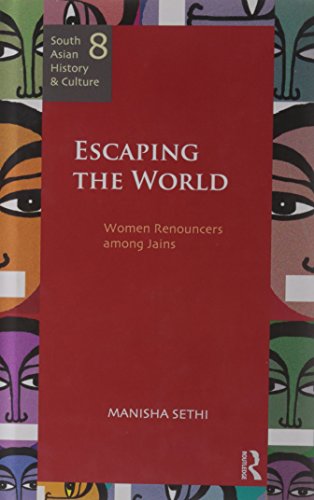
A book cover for Escaping the World: Women Renouncers among Jains (South Asian History and Culture); Manisha Sethi; Religion & Spirituality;